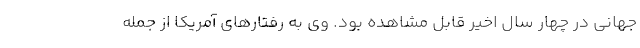
جهانی در چهار سال اخیر قابل مشاهده بود. وی به رفتارهای آمریکا از جمله